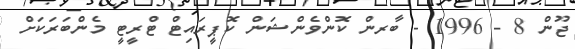
ޖޫން 8 - 1996 - ބާރން ކޮންވެންޝަން ކޮޕީރައިޓް ޓްރީޓީ މެންބަރަކަށް